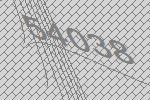
54038